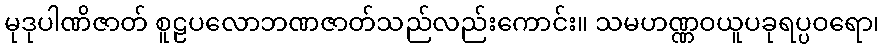
မုဒုပါဏိဇာတ် စူဠပလောဘဏဇာတ်သည်လည်းကောင်း။ သမဟဏ္ဏဝယူပခုရပ္ပဝရော၊